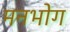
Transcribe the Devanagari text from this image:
मनभोग